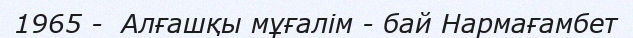
1965 -  Алғашқы мұғалім - бай Нармағамбет